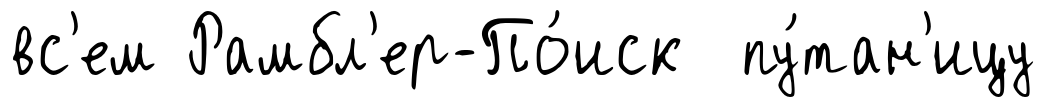
вс'ем Рамбл'ер-По́иск пу́тан'ицу